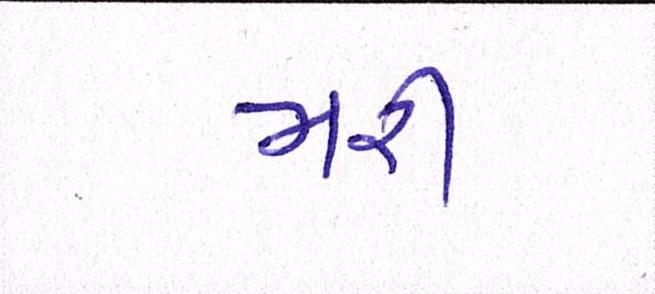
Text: મરી